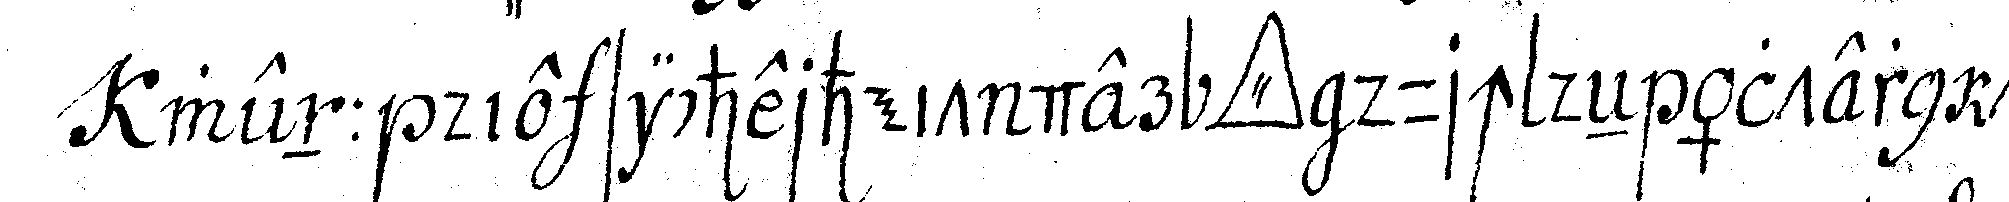
wenn die sicherheit der *tri..* durch deN ältern th